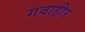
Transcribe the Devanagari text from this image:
गवाहीर